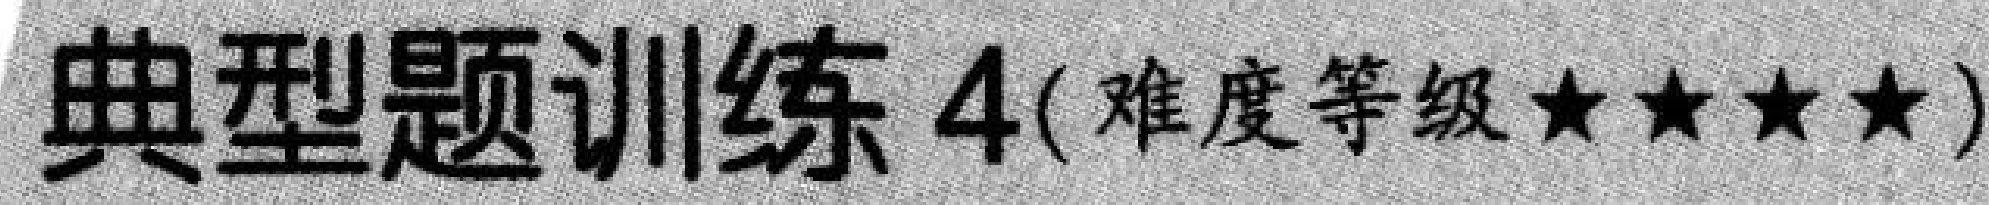
典型题训练 4(难度等级★★★★)